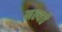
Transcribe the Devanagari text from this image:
नल्यते